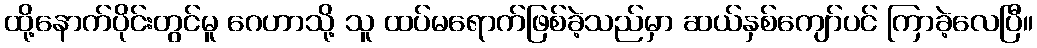
ထို့နောက်ပိုင်းတွင်မူ ဂေဟာသို့ သူ ထပ်မရောက်ဖြစ်ခဲ့သည်မှာ ဆယ်နှစ်ကျော်ပင် ကြာခဲ့လေပြီ။